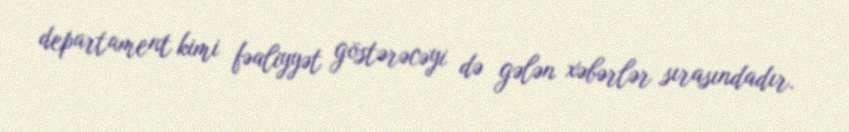
departament kimi fəaliyyət göstərəcəyi də gələn xəbərlər sırasındadır.